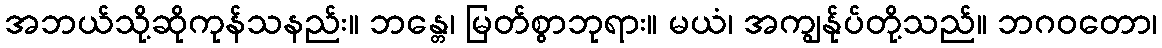
အဘယ်သို့ဆိုကုန်သနည်း။ ဘန္တေ၊ မြတ်စွာဘုရား။ မယံ၊ အကျွန်ုပ်တို့သည်။ ဘဂဝတော၊